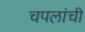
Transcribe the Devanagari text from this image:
चपलांची